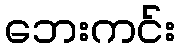
ဘေးကင်း